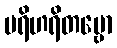
ပရိဟရိတဗ္ဗော